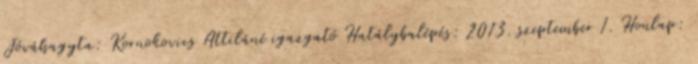
Jóváhagyta: Kornokovics Attiláné igazgató Hatálybalépés: 2013. szeptember 1. Honlap: